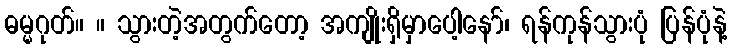
ဓမ္မဂုတ်။ ။ သွားတဲ့အတွက်တော့ အကျိုးရှိမှာပေါ့နော်၊ ရန်ကုန်သွားပုံ ပြန်ပုံနဲ့